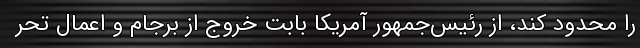
را محدود کند، از رئیس‌جمهور آمریکا بابت خروج از برجام و اعمال تحر